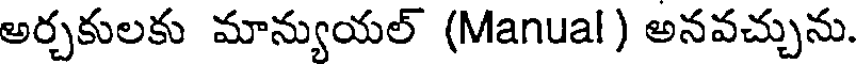
అర్చకులకు మాన్యుయల్ (Manual) అనవచ్చును.